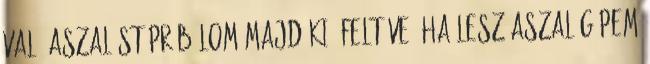
való aszalást próbálom majd ki. Feltéve, ha lesz aszalógépem